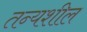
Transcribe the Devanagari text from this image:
तन्यशील